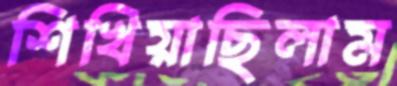
শিখিয়াছিলাম